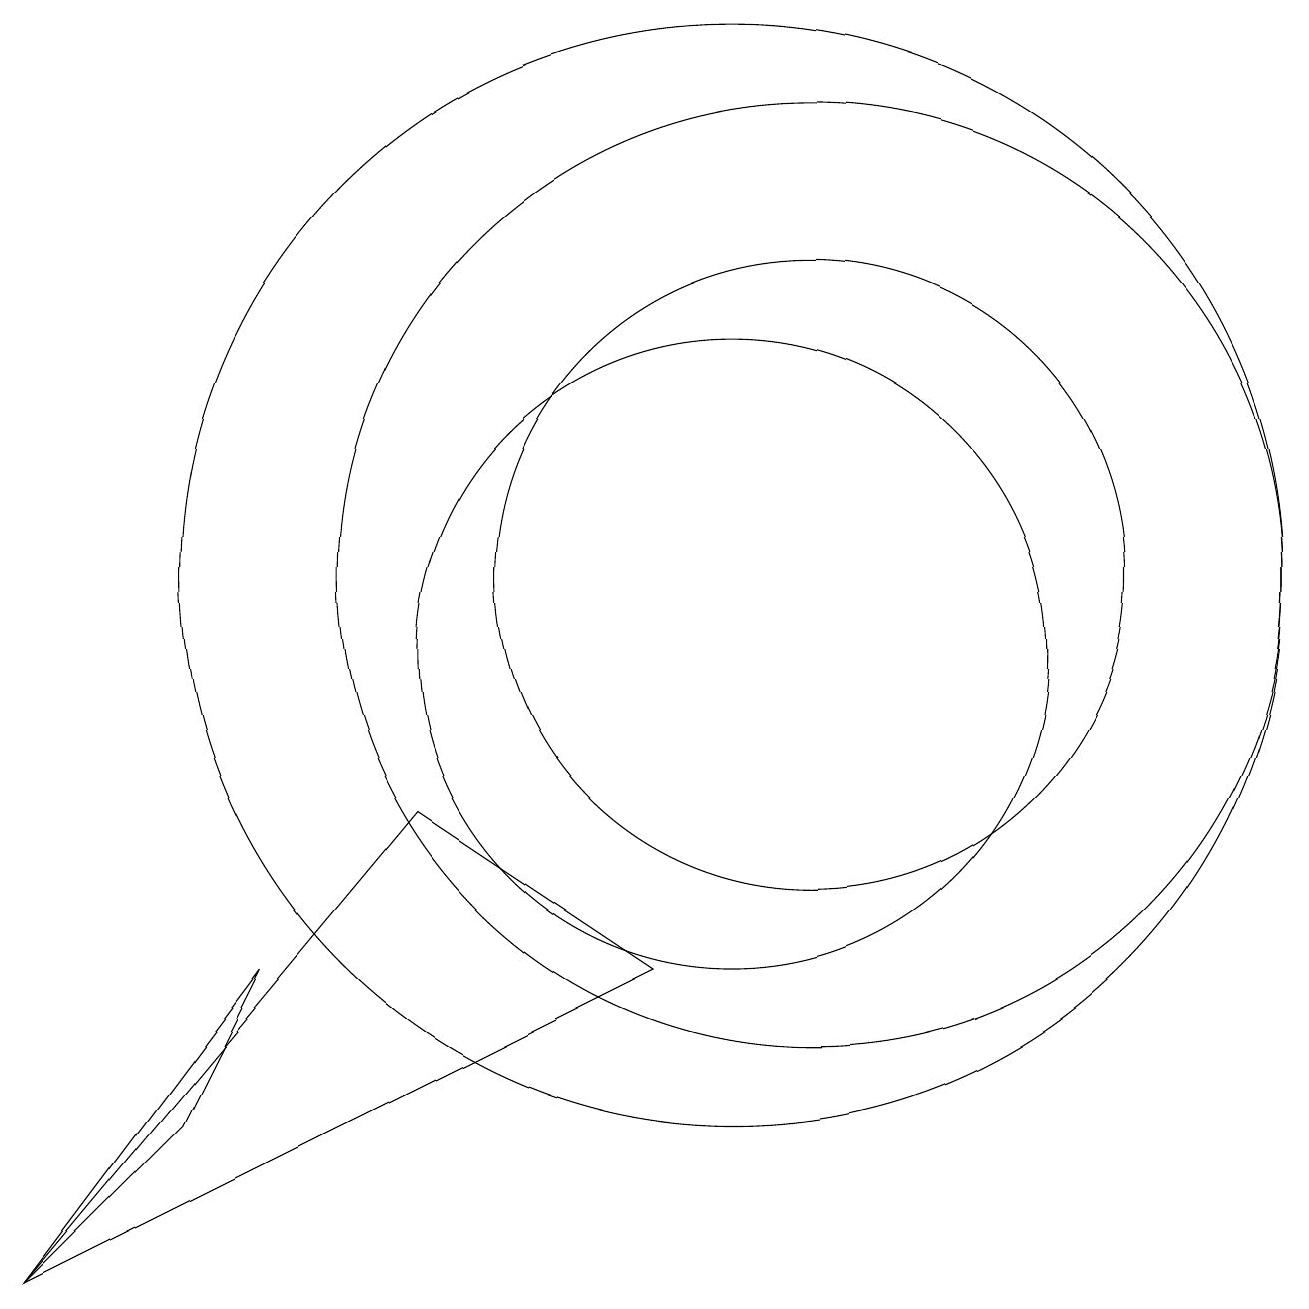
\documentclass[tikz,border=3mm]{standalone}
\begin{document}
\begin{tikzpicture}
\draw (3,4) -- (1,2) -- (4,6) -- cycle;
\draw (11,11) circle (6);
\draw (10,11) circle (7);
\draw (9,6) -- (1,2) -- (6,8) -- cycle;
\draw (11,11) circle (4);
\draw (10,11) circle (0);
\draw (10,10) circle (4);
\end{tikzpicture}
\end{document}